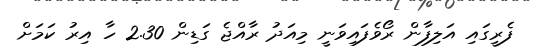
ފެރީގައި އަލިފާން ރޯވެފައިވަނީ މިއަދު ރާއްޖެ ގަޑިން 2.30 ހާ އިރު ކަމަށް